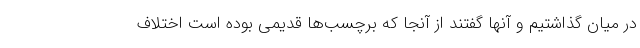
در میان گذاشتیم و آنها گفتند از آنجا که برچسب‌ها قدیمی بوده است اختلاف